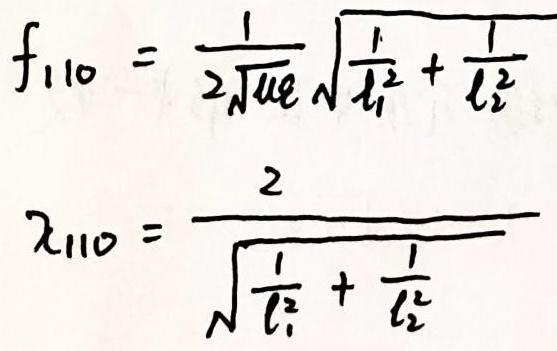
\[
f_{110} = \frac{1}{2\sqrt{\mu e}}\sqrt{\frac{1}{\ell_1^2} + \frac{1}{\ell_2^2}}
\]
\[
\lambda_{110} = \frac{2}{\sqrt{\frac{1}{\ell_1^2} + \frac{1}{\ell_2^2}}}
\]